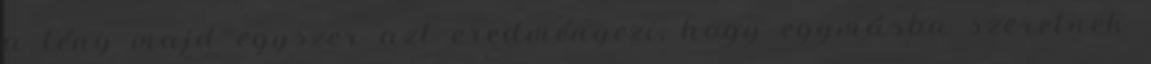
a tény majd egyszer azt eredményezi, hogy egymásba szeretnek